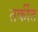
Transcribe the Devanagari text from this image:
तर्कीत